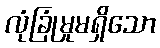
လုံခြုံမှုမရှိသော